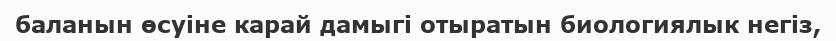
баланын өсуіне карай дамыгі отыратын биологиялык негіз,